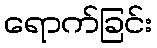
ရောက်ခြင်း